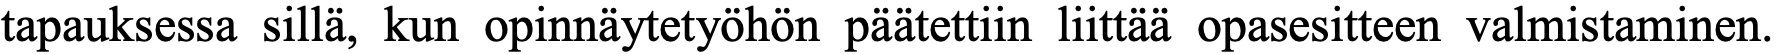
tapauksessa sillä, kun opinnäytetyöhön päätettiin liittää opasesitteen valmistaminen.